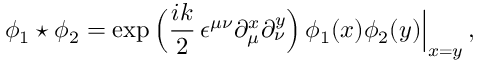
\phi _ { 1 } \star \phi _ { 2 } = \exp \, \Bigl ( \frac { i k } { 2 } \, \epsilon ^ { \mu \nu } \partial _ { \mu } ^ { x } \partial _ { \nu } ^ { y } \Bigr ) \, \phi _ { 1 } ( x ) \phi _ { 2 } ( y ) \Big \vert _ { x = y } \, ,